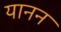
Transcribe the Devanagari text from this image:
यानन